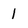
Character: 1